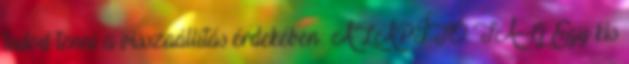
tudod tenni a visszaállítás érdekében: ALAPÍTÓ TAG Egy kis